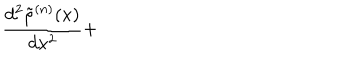
\frac { d ^ { 2 } \tilde { \rho } ^ { ( n ) } ( x ) } { d x ^ { 2 } } +